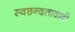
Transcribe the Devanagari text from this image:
स्वछन्दतावादी